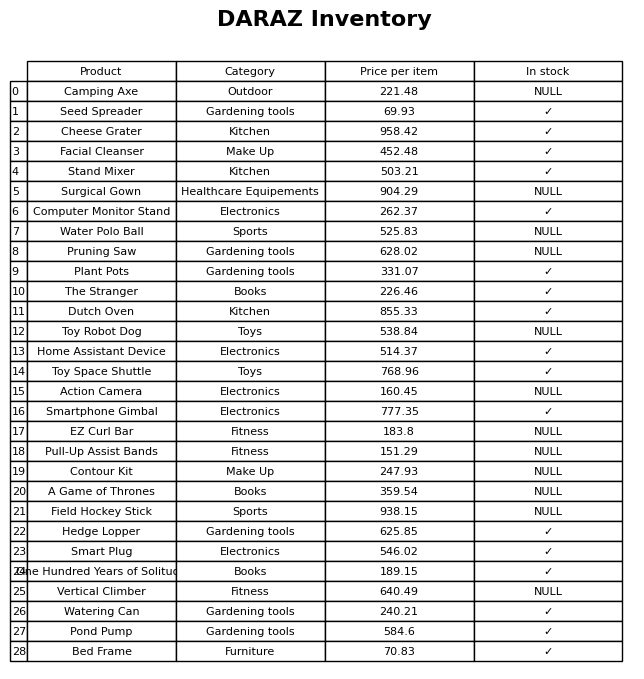
question: What is the stock status of the Bed Frame?
answer: ✓